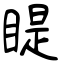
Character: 睼